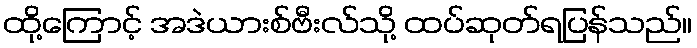
ထို့ကြောင့် အဒဲယားစ်ဗီးလ်သို့ ထပ်ဆုတ်ရပြန်သည်။